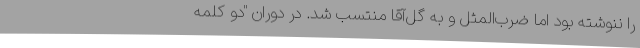
را ننوشته بود اما ضرب‌المثل و به گل‌آقا منتسب شد. در دوران "دو کلمه